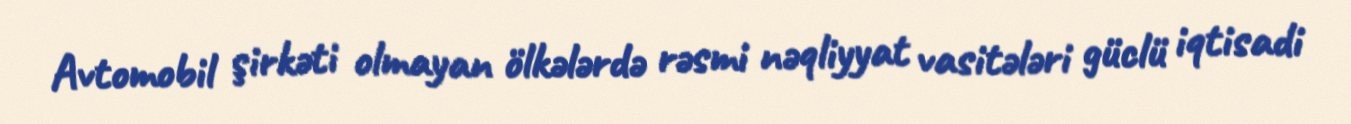
Avtomobil şirkəti olmayan ölkələrdə rəsmi nəqliyyat vasitələri güclü iqtisadi